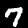
Digit: 7